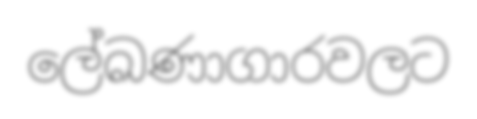
ලේඛණාගාරවලට